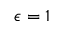
\epsilon = 1